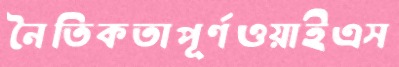
নৈতিকতাপূর্ণওয়াইএস